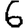
Digit: 6